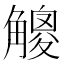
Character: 𧤸